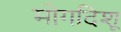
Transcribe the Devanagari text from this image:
मोगदिशू